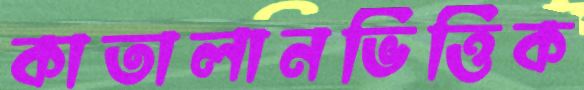
কাতালানভিত্তিক